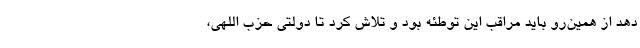
دهد از همین‌رو باید مراقب این توطئه بود و تلاش کرد تا دولتی حزب اللهی،